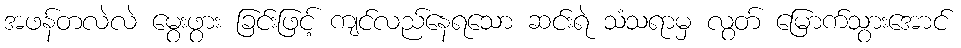
အဖန်တလဲလဲ မွေးဖွား ခြင်းဖြင့် ကျင်လည်နေရသော ဆင်းရဲ သံသရာမှ လွတ် မြောက်သွားအောင်